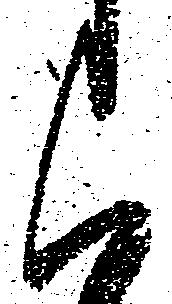
く